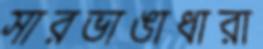
সারভাঙাধারা